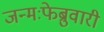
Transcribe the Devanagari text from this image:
जन्मःफेब्रुवारी